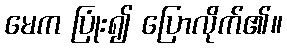
မေက ပြုံး၍ ပြောလိုက်၏။